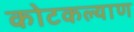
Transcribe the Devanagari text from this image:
कोटकल्याण